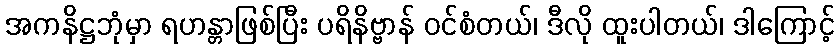
အကနိဋ္ဌဘုံမှာ ရဟန္တာဖြစ်ပြီး ပရိနိဗ္ဗာန် ဝင်စံတယ်၊ ဒီလို ထူးပါတယ်၊ ဒါကြောင့်